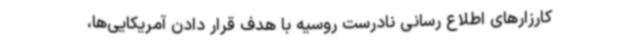
کارزارهای اطلاع رسانی نادرست روسیه با هدف قرار دادن آمریکایی‌ها،